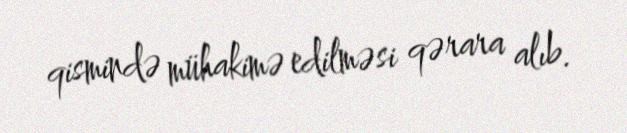
qismində mühakimə edilməsi qərara alıb.